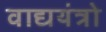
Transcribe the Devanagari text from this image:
वाद्ययंत्रो